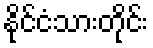
နိုင်ငံသားတိုင်း